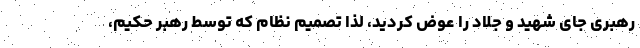
رهبری جای شهید و جلاد را عوض کردید، لذا تصمیم نظام که توسط رهبر حکیم،